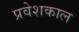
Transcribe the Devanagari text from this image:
प्रवेशकाल